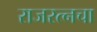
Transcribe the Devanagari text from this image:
राजरत्‍नचा